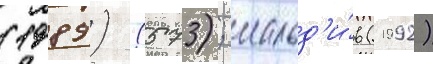
(1989) (573); мальд'и́в (1992)